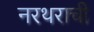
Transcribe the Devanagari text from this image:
नरथराची